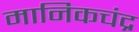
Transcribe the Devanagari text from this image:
मानिकचंद्र